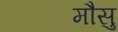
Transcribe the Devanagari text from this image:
मौसु